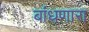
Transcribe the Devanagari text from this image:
बांधणारा